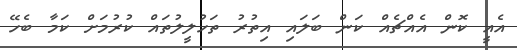
އެއީ ކޮން އެއްޗެއް ކަން ބަލައި އިތުރު ތަހުލީލުތައް ކުރުމަށް ކަމާ ބެހޭ